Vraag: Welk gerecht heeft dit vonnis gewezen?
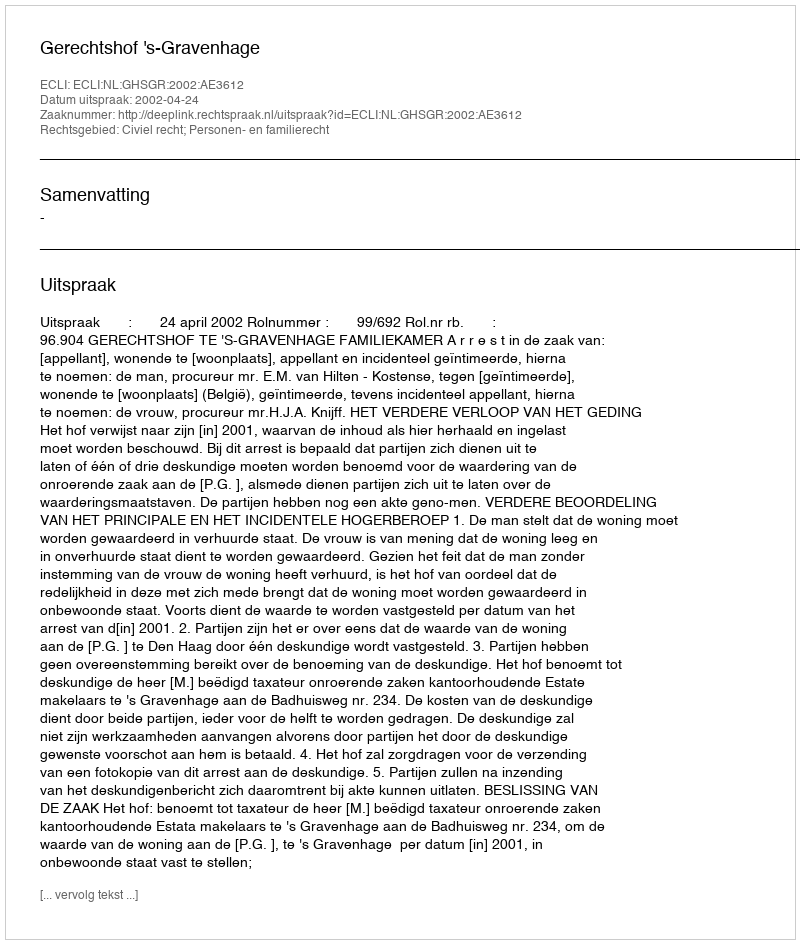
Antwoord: Gerechtshof 's-Gravenhage